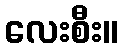
လေးစီး။